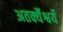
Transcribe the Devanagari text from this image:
अतर्क्यैश्वर्ये